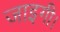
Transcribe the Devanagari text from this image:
जाइगी।